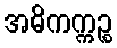
အဓိကက္ကဉ္စ